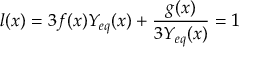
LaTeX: l ( x ) = 3 f ( x ) Y _ { e q } ( x ) + \frac { g ( x ) } { 3 Y _ { e q } ( x ) } = 1